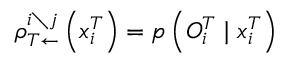
\rho _ { T \leftarrow } ^ { i \setminus j } \left( x _ { i } ^ { T } \right) = p \left( { O } _ { i } ^ { T } \mid x _ { i } ^ { T } \right)